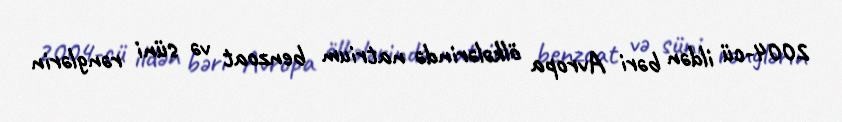
2004-cü ildən bəri Avropa ölkələrində natrium benzoat və süni rənglərin